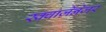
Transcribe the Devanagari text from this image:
स्क्वार्ज़ेनेजर